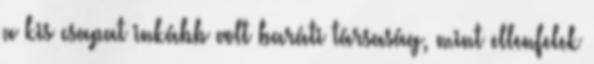
a kis csapat inkább volt baráti társaság, mint ellenfelek